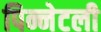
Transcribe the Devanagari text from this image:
पिन्नेटली